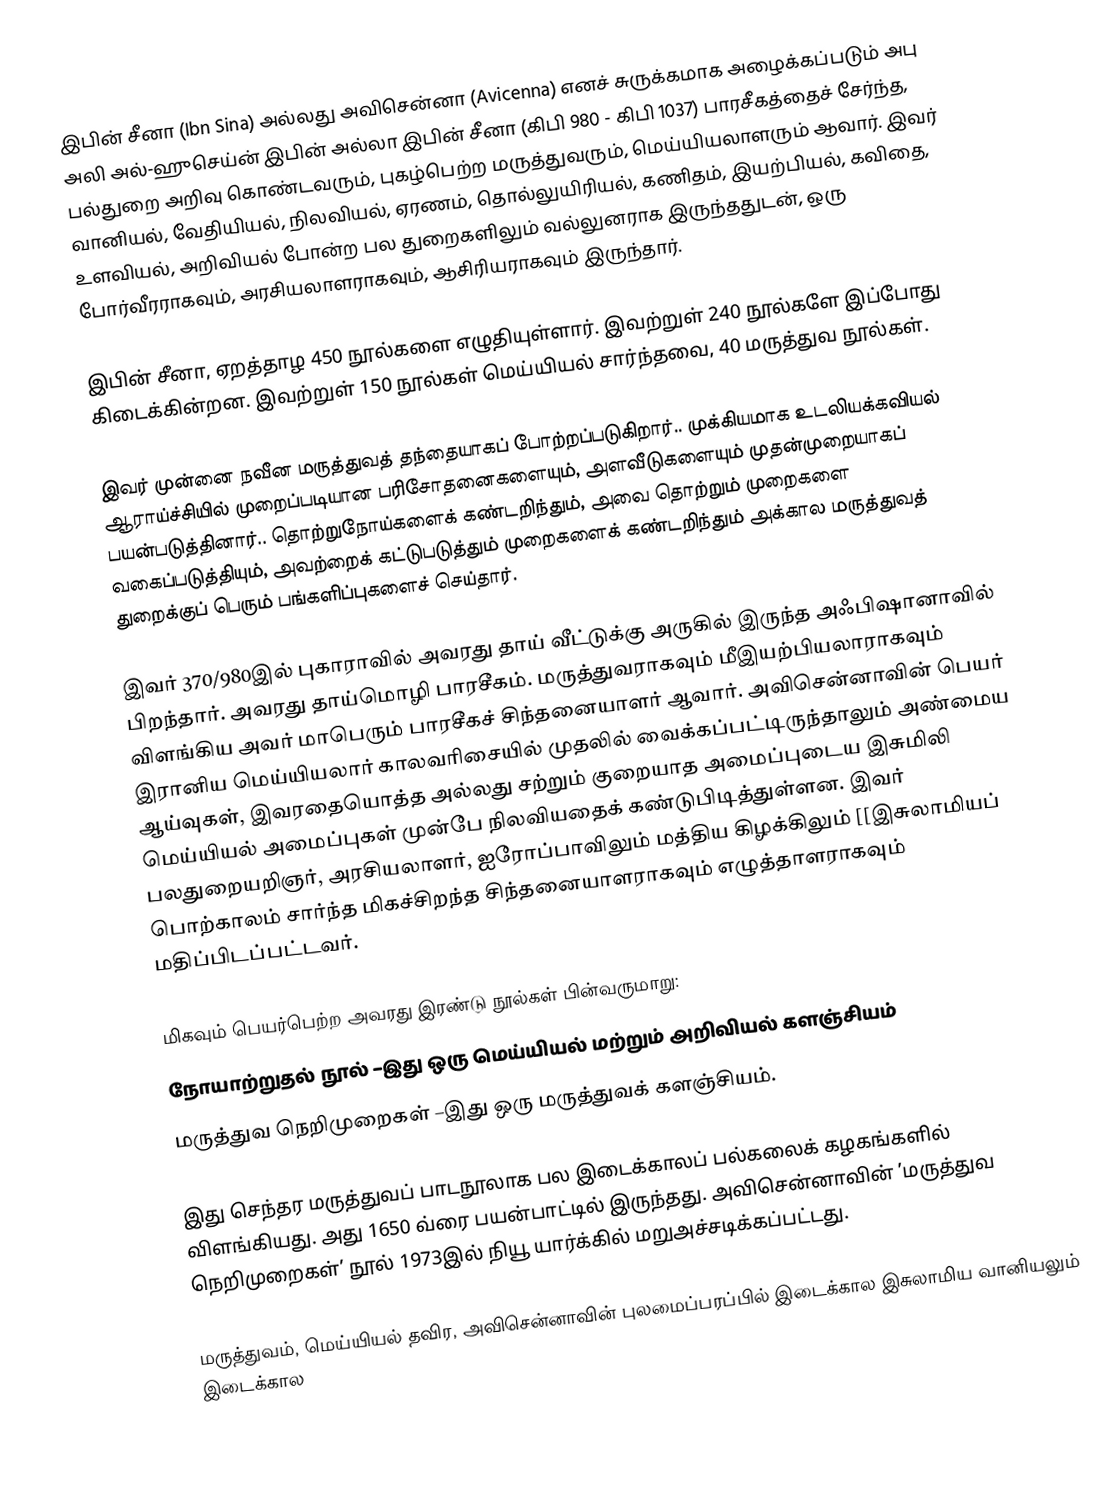
இபின் சீனா (Ibn Sina) அல்லது அவிசென்னா (Avicenna) எனச் சுருக்கமாக அழைக்கப்படும் அபு அலி அல்-ஹுசெய்ன் இபின் அல்லா இபின் சீனா (கிபி 980 - கிபி 1037) பாரசீகத்தைச் சேர்ந்த, பல்துறை அறிவு கொண்டவரும், புகழ்பெற்ற மருத்துவரும், மெய்யியலாளரும் ஆவார். இவர் வானியல், வேதியியல், நிலவியல், ஏரணம், தொல்லுயிரியல், கணிதம், இயற்பியல், கவிதை, உளவியல், அறிவியல் போன்ற பல துறைகளிலும் வல்லுனராக இருந்ததுடன், ஒரு போர்வீரராகவும், அரசியலாளராகவும், ஆசிரியராகவும் இருந்தார்.

இபின் சீனா, ஏறத்தாழ 450 நூல்களை எழுதியுள்ளார். இவற்றுள் 240 நூல்களே இப்போது கிடைக்கின்றன. இவற்றுள் 150 நூல்கள் மெய்யியல் சார்ந்தவை, 40 மருத்துவ நூல்கள்.

இவர் முன்னை நவீன மருத்துவத் தந்தையாகப் போற்றப்படுகிறார்.. முக்கியமாக உடலியக்கவியல் ஆராய்ச்சியில் முறைப்படியான பரிசோதனைகளையும், அளவீடுகளையும் முதன்முறையாகப் பயன்படுத்தினார்.. தொற்றுநோய்களைக் கண்டறிந்தும், அவை தொற்றும் முறைகளை வகைப்படுத்தியும், அவற்றைக் கட்டுபடுத்தும் முறைகளைக் கண்டறிந்தும் அக்கால மருத்துவத் துறைக்குப் பெரும் பங்களிப்புகளைச் செய்தார்.

இவர் 370/980இல் புகாராவில் அவரது தாய் வீட்டுக்கு அருகில் இருந்த அஃபிஷானாவில் பிறந்தார். அவரது தாய்மொழி பாரசீகம். மருத்துவராகவும் மீஇயற்பியலாராகவும் விளங்கிய அவர் மாபெரும் பாரசீகச் சிந்தனையாளர் ஆவார். அவிசென்னாவின் பெயர் இரானிய மெய்யியலார் காலவரிசையில் முதலில் வைக்கப்பட்டிருந்தாலும் அண்மைய ஆய்வுகள், இவரதையொத்த அல்லது சற்றும் குறையாத அமைப்புடைய இசுமிலி மெய்யியல் அமைப்புகள் முன்பே நிலவியதைக் கண்டுபிடித்துள்ளன. இவர் பலதுறையறிஞர், அரசியலாளர், ஐரோப்பாவிலும் மத்திய கிழக்கிலும் [[இசுலாமியப் பொற்காலம் சார்ந்த மிகச்சிறந்த சிந்தனையாளராகவும் எழுத்தாளராகவும் மதிப்பிடப்பட்டவர்.

மிகவும் பெயர்பெற்ற அவரது இரண்டு நூல்கள் பின்வருமாறு:
நோயாற்றுதல் நூல்  –இது ஒரு  மெய்யியல் மற்றும் அறிவியல் களஞ்சியம்
மருத்துவ நெறிமுறைகள்  –இது ஒரு மருத்துவக் களஞ்சியம்.

இது செந்தர மருத்துவப் பாடநூலாக பல இடைக்காலப் பல்கலைக் கழகங்களில் விளங்கியது. அது 1650 வ்ரை பயன்பாட்டில் இருந்தது. அவிசென்னாவின் ’மருத்துவ நெறிமுறைகள்’ நூல் 1973இல் நியூ யார்க்கில் மறுஅச்சடிக்கப்பட்டது.

மருத்துவம், மெய்யியல் தவிர, அவிசென்னாவின் புலமைப்பரப்பில் இடைக்கால இசுலாமிய வானியலும் இடைக்கால